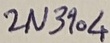
Text: 2N3904